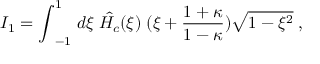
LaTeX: I _ { 1 } = { \int } _ { - 1 } ^ { 1 } \; d { \xi } \; \hat { H _ { c } } ( \xi ) \; ( \xi + \frac { 1 + \kappa } { 1 - \kappa } ) \sqrt { 1 - \xi ^ { 2 } } \; ,